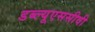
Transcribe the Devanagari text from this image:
डब्ल्यूएससीवी